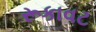
રૂકાવટ